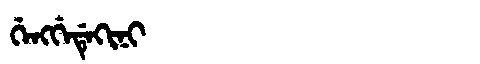
Manchu: ᡤᡝᠩᡤᡝᡩᡝᡴᡳᠨᡳ
Romanization: GENGGEDEKINI